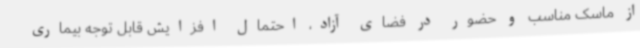
از ماسک مناسب و حضور در فضای آزاد، احتمال افزایش قابل توجه بیماری